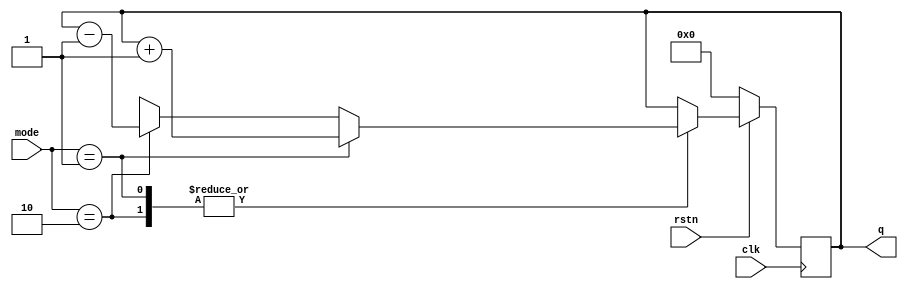
/* Generated by Yosys 0.18 (git sha1 19ce3b45d6a, clang 13.0.0 -fPIC -Os) */

(* src = "incomplete_if.v:1.1-16.10" *)
module des(mode, clk, rstn, q);
  (* src = "incomplete_if.v:11.14-11.19" *)
  (* unused_bits = "4 5 6 7 8 9 10 11 12 13 14 15 16 17 18 19 20 21 22 23 24 25 26 27 28 29 30 31" *)
  wire [31:0] _00_;
  wire _01_;
  (* src = "incomplete_if.v:10.11-10.20" *)
  wire _02_;
  (* src = "incomplete_if.v:12.16-12.25" *)
  wire _03_;
  wire [3:0] _04_;
  wire [3:0] _05_;
  (* src = "incomplete_if.v:13.14-13.19" *)
  (* unused_bits = "4 5 6 7 8 9 10 11 12 13 14 15 16 17 18 19 20 21 22 23 24 25 26 27 28 29 30 31" *)
  wire [31:0] _06_;
  (* src = "incomplete_if.v:2.20-2.23" *)
  input clk;
  wire clk;
  (* src = "incomplete_if.v:1.26-1.30" *)
  input [1:0] mode;
  wire [1:0] mode;
  (* src = "incomplete_if.v:4.30-4.31" *)
  output [3:0] q;
  reg [3:0] q;
  (* src = "incomplete_if.v:3.19-3.23" *)
  input rstn;
  wire rstn;
  assign _00_ = q + (* src = "incomplete_if.v:11.14-11.19" *) 32'd1;
  (* src = "incomplete_if.v:6.3-15.6" *)
  always @(posedge clk)
    if (!rstn) q <= 4'h0;
    else if (_01_) q <= _04_;
  assign _01_ = | { _03_, _02_ };
  assign _02_ = mode == (* src = "incomplete_if.v:10.11-10.20" *) 2'h1;
  assign _03_ = mode == (* src = "incomplete_if.v:12.16-12.25" *) 2'h2;
  assign _04_ = _02_ ? (* full_case = 32'd1 *) (* src = "incomplete_if.v:10.11-10.20|incomplete_if.v:10.7-13.20" *) _00_[3:0] : _05_;
  assign _05_ = _03_ ? (* src = "incomplete_if.v:12.16-12.25|incomplete_if.v:12.12-13.20" *) _06_[3:0] : 4'hx;
  assign _06_ = q - (* src = "incomplete_if.v:13.14-13.19" *) 32'd1;
endmodule